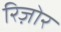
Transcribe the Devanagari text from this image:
रिज़ोर